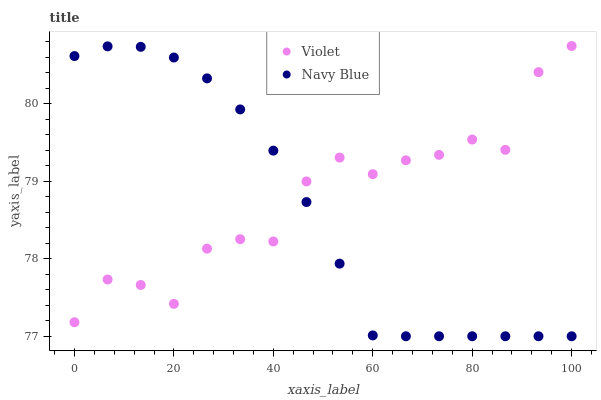
| xaxis_label | Violet | Navy Blue |
 | --- | --- | --- |
 | 0 | 77.2 | 80.6 |
 | 6.67 | 77.7 | 80.7 |
 | 13.3 | 77.7 | 80.7 |
 | 20 | 77.4 | 80.6 |
 | 26.7 | 78.1 | 80.3 |
 | 33.3 | 78.3 | 79.9 |
 | 40 | 78.2 | 79.4 |
 | 46.7 | 79 | 78.7 |
 | 53.3 | 79.3 | 77.9 |
 | 60 | 79.1 | 77 |
 | 66.7 | 79.3 | 77 |
 | 73.3 | 79.3 | 77 |
 | 80 | 79.5 | 77 |
 | 86.7 | 79.4 | 77 |
 | 93.3 | 80.4 | 77 |
 | 100 | 80.7 | 77 |